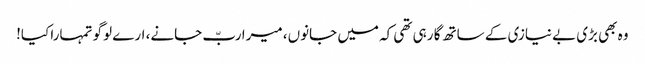
وہ بھی بڑی بے نیازی کے ساتھ گا رہی تھی کہ میں جانوں، میرا ربّ جانے، ارے لوگو تمہارا کیا!